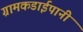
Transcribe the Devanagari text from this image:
ग्रामकडाईपानी